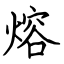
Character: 熔